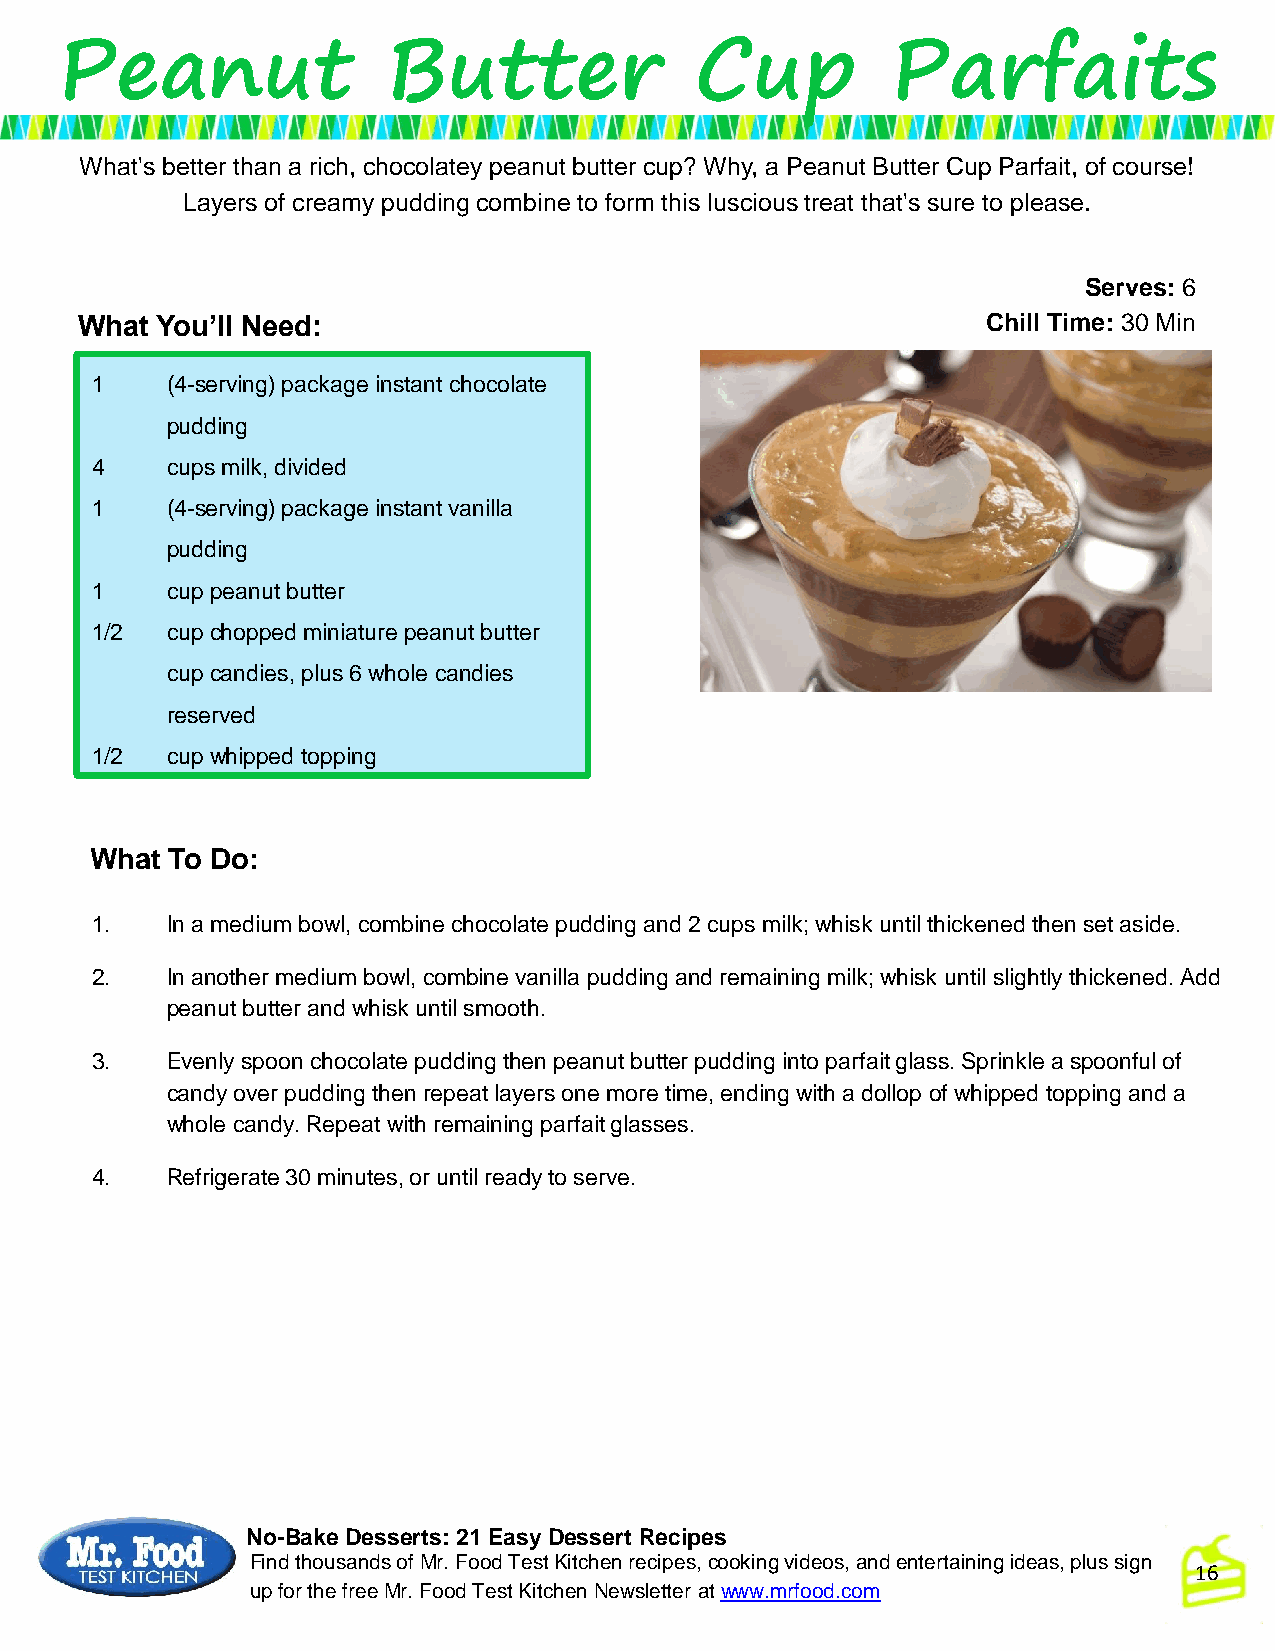
Peanut                Butter              Cup          Parfaits
 What's better than a rich, chocolatey peanut butter cup? Why, a Peanut Butter Cup Parfait, of course!
 Layers of creamy pudding combine to form this luscious treat that's sure to please.
 Serves: 6
 What You’ll Need:                                           Chill Time: 30 Min
 1    (4-serving) package instant chocolate
 pudding
 4    cups milk, divided
 1    (4-serving) package instant vanilla
 pudding
 1    cup peanut butter
 1/2  cup chopped miniature peanut butter
 cup candies, plus 6 whole candies
 reserved
 1/2  cup whipped topping
 What To Do:
 1.   In a medium bowl, combine chocolate pudding and 2 cups milk; whisk until thickened then set aside.
 2.   In another medium bowl, combine vanilla pudding and remaining milk; whisk until slightly thickened. Add
 peanut butter and whisk until smooth.
 3.   Evenly spoon chocolate pudding then peanut butter pudding into parfait glass. Sprinkle a spoonful of
 candy over pudding then repeat layers one more time, ending with a dollop of whipped topping and a
 whole candy. Repeat with remaining parfait glasses.
 4.   Refrigerate 30 minutes, or until ready to serve.
 No-Bake Desserts: 21 Easy Dessert Recipes
 Find thousands of Mr. Food Test Kitchen recipes, cooking videos, and entertaining ideas, plus sign
 16
 up for the free Mr. Food Test KitchenNewsletter at www.mrfood.com